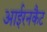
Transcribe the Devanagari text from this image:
आईरनकैट